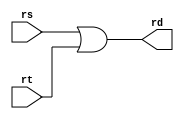

module _or (rs, rt, rd);
	input [31:0] rs, rt;
	output [31:0] rd;
	assign {rd} = rs | rt ;
endmodule